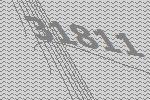
31811